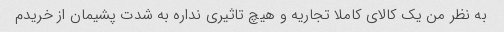
به نظر من یک کالای کاملا تجاریه و هیچ تاثیری نداره به شدت پشیمان از خریدم